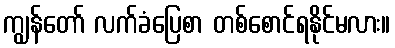
ကျွန်တော် လက်ခံပြေစာ တစ်စောင်ရနိုင်မလား။